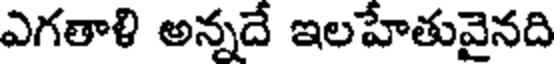
ఎగతాళి అన్నదే ఇలహేతువైనది